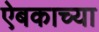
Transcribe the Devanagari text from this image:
ऐबकाच्या